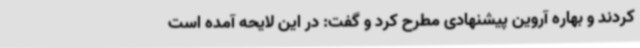
کردند و بهاره آروین پیشنهادی مطرح کرد و گفت: در این لایحه آمده است